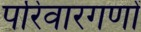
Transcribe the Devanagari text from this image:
परिवारगणों